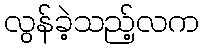
လွန်ခဲ့သည့်လက